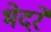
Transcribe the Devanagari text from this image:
भेदरे